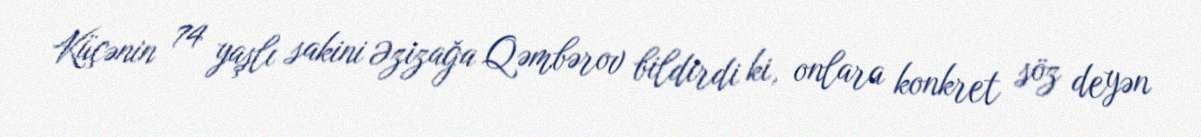
Küçənin 74 yaşlı sakini Əzizağa Qəmbərov bildirdi ki, onlara konkret söz deyən